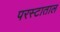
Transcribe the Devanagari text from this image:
परस्टाताल